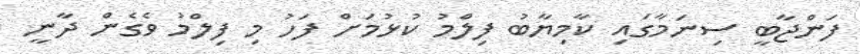
ފަންޖާބީ ސިނަމާގައި ކާމިޔާބު ފިލްމު ކުޅުމަށް ފަހު މި ފިލްމު ވެގެން ދާނީ